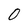
Character: 0